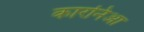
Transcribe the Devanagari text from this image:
कारनिआ